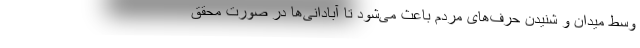
وسط میدان و شنیدن حرف‌های مردم باعث می‌شود تا آبادانی‌ها در صورت محقق